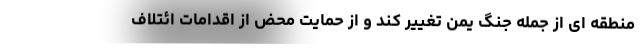
منطقه ای از جمله جنگ یمن تغییر کند و از حمایت محض از اقدامات ائتلاف